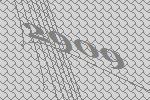
2909